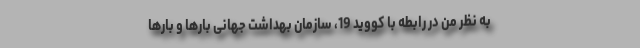
به نظر من در رابطه با کووید 19، سازمان بهداشت جهانی بارها و بارها